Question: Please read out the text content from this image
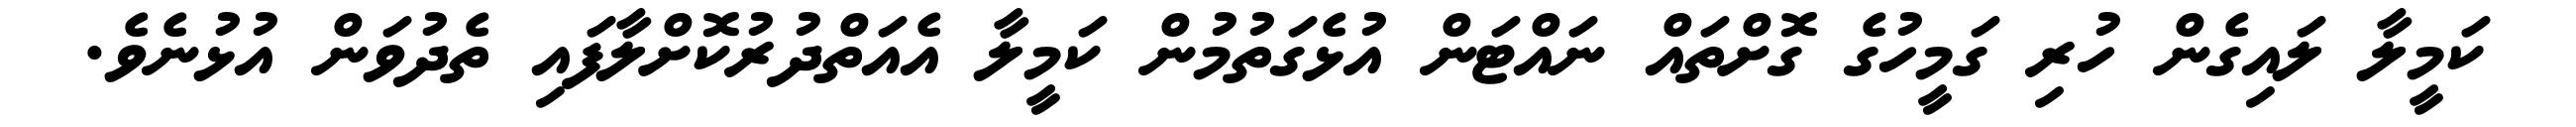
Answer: ކަމީލާ ލައިގެން ހުރި ގަމީހުގެ ގޮށްތައް ނައްޓަން އުޅެގަތުމުން ކަމީލާ އެއަތްދުރުކޮށްލާފައި ތެދުވަން އުޅުނެވެ.